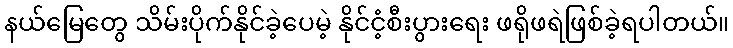
နယ်မြေတွေ သိမ်းပိုက်နိုင်ခဲ့ပေမဲ့ နိုင်ငံ့စီးပွားရေး ဖရိုဖရဲဖြစ်ခဲ့ရပါတယ်။